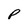
Character: P